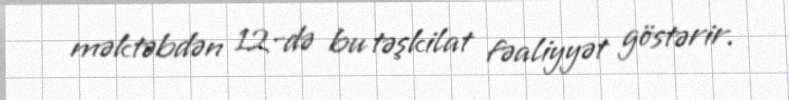
məktəbdən 12-də bu təşkilat fəaliyyət göstərir.